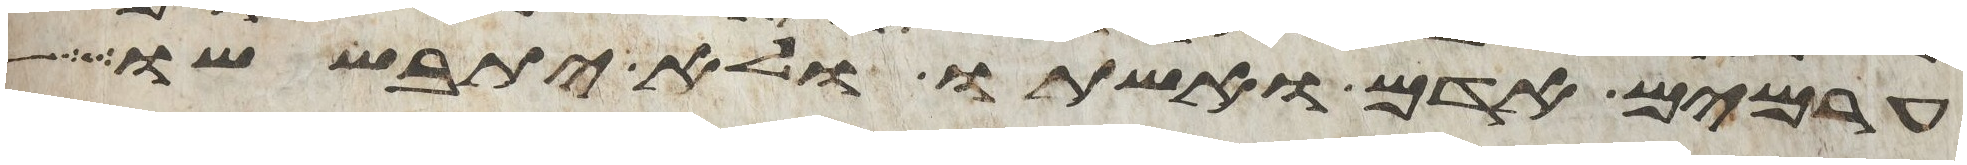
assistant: ערמים אדם ואשתו ולא יתבששו